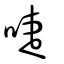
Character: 啑